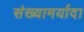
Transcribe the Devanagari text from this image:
संख्यामर्यादा